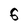
Character: 6